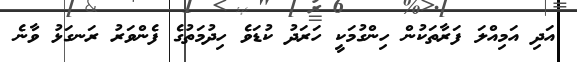
އަދި އަމިއްލަ ފަރާތަކުން ހިންގުމަކީ ހަރަދު ކުޑަވެ ހިދުމަތުގެ ފެންވަރު ރަނގަޅު ވާނެ